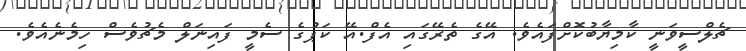
ޗެލްސީވަނީ ކާމިޔާބުކޮށްފައެވެ. އޭގެ ތެރޭގައި އެފް.އޭ ކަޕުގެ ސެމީ ފައިނަލް މެޗުވެސް ހިމެނެއެވެ.